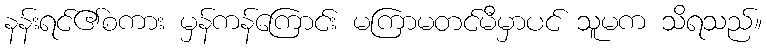
နန်းရင်၏စကား မှန်ကန်ကြောင်း မကြာမတင်မီမှာပင် သူမက သိရသည်။